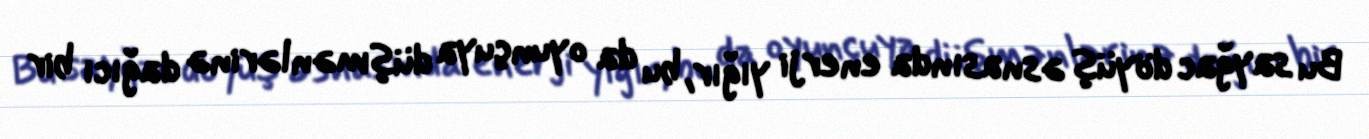
Bu sayğac döyüş əsnasında enerji yığır, bu da oyunçuya düşmənlərinə dağıcı bir